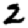
Digit: 2